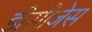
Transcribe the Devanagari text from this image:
डीसीजेस